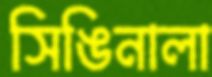
সিঙিনালা